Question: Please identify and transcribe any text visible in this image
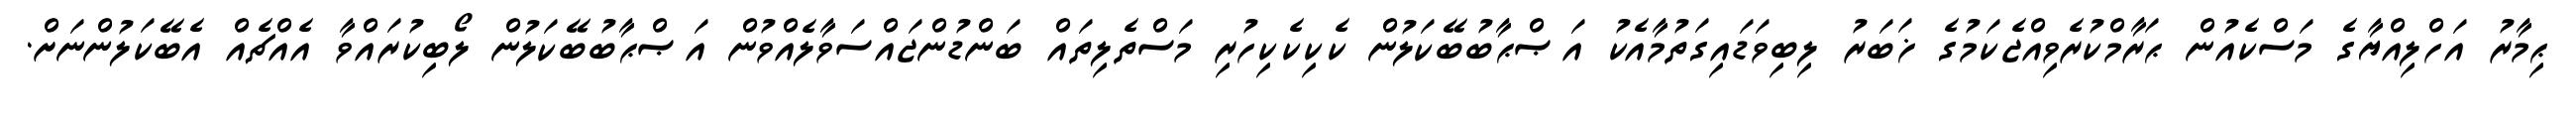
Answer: ޙިމާރު އަހްލިއްޔާގެ މަސްކެއުން ޙަރާމްކުރެވިއްޖެކަމުގެ ޚަބަރު ލިބިވަޑައިގަތުމާއެކު އަޞްޙާބުބޭކަލުން ކެކިކެކިހުރި މަސްތެލިތައް ބަންޑުންޖައްސަވާލެއްވުން އަޞްޙާބުބޭކަލުން ލޯބިކުރައްވާ އެއްޗެއް އެބޭކަލުންނަށް.